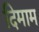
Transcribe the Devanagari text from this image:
दिमाम